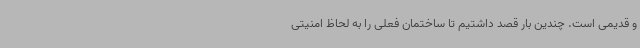
و قدیمی است. چندین بار قصد داشتیم تا ساختمان فعلی را به لحاظ امنیتی